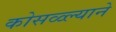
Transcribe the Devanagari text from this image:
कोसळ्ल्याने